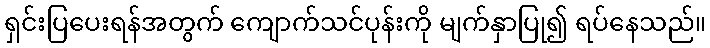
ရှင်းပြပေးရန်အတွက် ကျောက်သင်ပုန်းကို မျက်နှာပြု၍ ရပ်နေသည်။